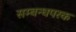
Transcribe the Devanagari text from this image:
सम्बन्धपरक